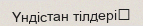
Үндістан тілдері‎